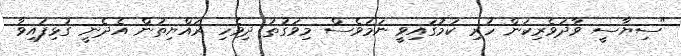
"ސިޔާސީ ވާދަވެރިކަން ހުރި ކަމުގައިވީ ނަމަވެސް މިވަގުތު ދިވެހި ރައްޔިތުން އެދެނީ ގުޅިފައިވާ